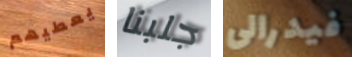
يعطيهم جلبنا فيدرالى